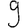
Digit: 9